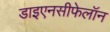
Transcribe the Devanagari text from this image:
डाइएनसीफेलॉन